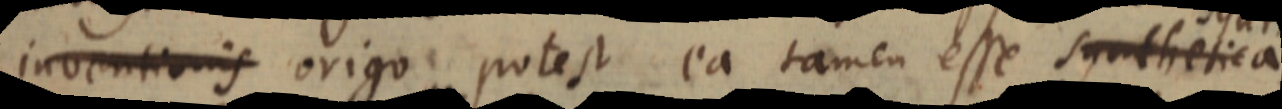
inventionis origo, potest ea tamen esse synthetica